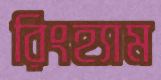
রিংহ্যাম